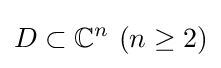
D\subset \mathbb {C} ^{n}\ (n\geq 2)